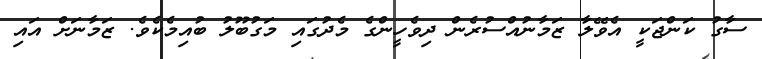
ސާގު ކަންޖަކީ އެވޭލާ ޒަމާނުއްސުރެން ދިވެހީންގެ މެދުގައި މަގުބޫލު ބުއިމެކެވެ. ޒަމާނަށް އައި